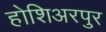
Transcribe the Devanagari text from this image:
होशिअरपुर